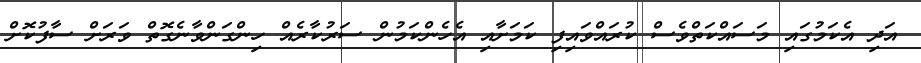
އަދި އެކަމުގައި މަސައްކަތްވެސް ކުރައްވައިފި ކަމަށާއި އެހެންކަމުން ސަރުކާރެއް ހިންގަންވާނެގޮތް ވަރަށް ސާފުކޮށް